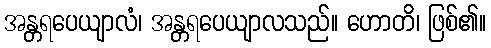
အန္တရပေယျာလံ၊ အန္တရပေယျာလသည်။ ဟောတိ၊ ဖြစ်၏။